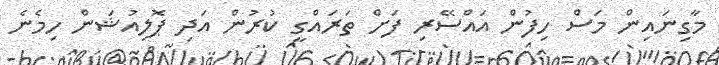
މާގިނައިން މަސް ހިފުން އައްސޭރި ފަށް ތަރައްގީ ކުރުން އަދި ޕޮލިއުޝަން ހިމެނެ